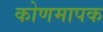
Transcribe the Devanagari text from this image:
कोणमापक